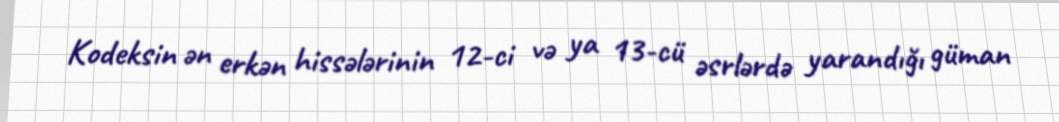
Kodeksin ən erkən hissələrinin 12-ci və ya 13-cü əsrlərdə yarandığı güman